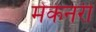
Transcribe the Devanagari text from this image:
मेकेनरी